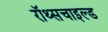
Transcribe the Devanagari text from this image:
रॉथ्सचाइल्ड